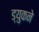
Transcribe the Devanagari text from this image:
ड्युकने